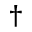
^ \dagger